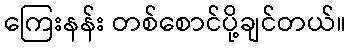
ကြေးနန်း တစ်စောင်ပို့ချင်တယ်။